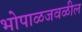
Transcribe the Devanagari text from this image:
भोपाळजवळील